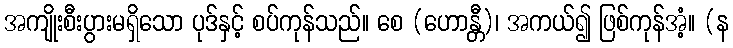
အကျိုးစီးပွားမရှိသော ပုဒ်နှင့် စပ်ကုန်သည်။ စေ (ဟောန္တီ)၊ အကယ်၍ ဖြစ်ကုန်အံ့။ (န